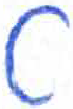
אות: ט